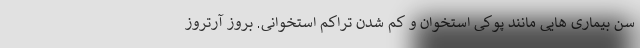
سن بیماری هایی مانند پوکی استخوان و کم شدن تراکم استخوانی. بروز آرتروز